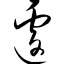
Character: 遽